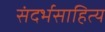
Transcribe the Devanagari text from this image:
संदर्भसाहित्य